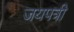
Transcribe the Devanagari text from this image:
जयपत्री